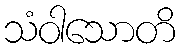
သံဝါသောတိ